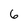
Character: 6